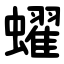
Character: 蠗